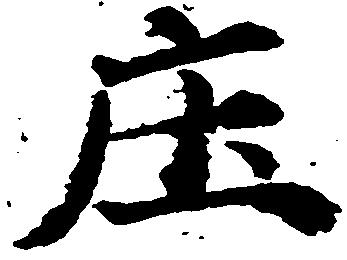
庄